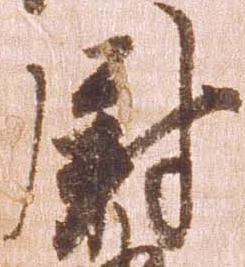
尉